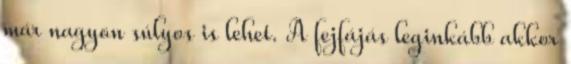
már nagyon súlyos is lehet. A fejfájás leginkább akkor